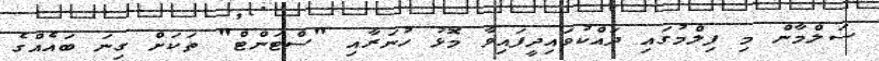
ސަލްމާން މި ފިލްމުގައި ދައްކުވައިދީފައިވާ މޮޅު ހުނަރާއި "ސްޓަންޓް" ތަކަށް ގިނަ ބައެއްގެ